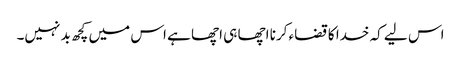
اس لیے کہ خدا کا قضاء کرنا اچھا ہی اچھا ہے اس میں کچھ بد نہیں۔